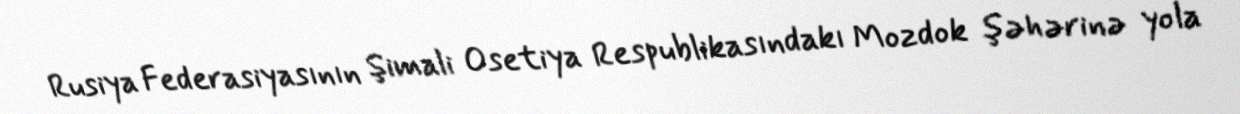
Rusiya Federasiyasının Şimali Osetiya Respublikasındakı Mozdok şəhərinə yola